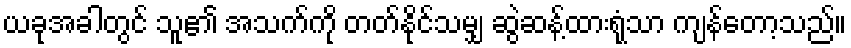
ယခုအခါတွင် သူ၏ အသက်ကို တတ်နိုင်သမျှ ဆွဲဆန့်ထားရုံသာ ကျန်တော့သည်။